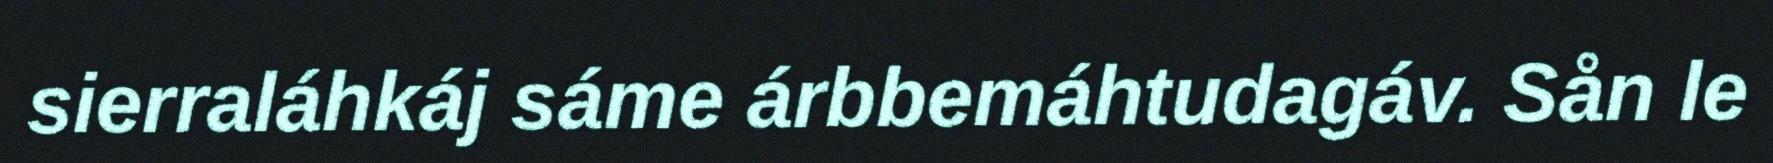
sierraláhkáj sáme árbbemáhtudagáv. Sån le